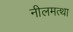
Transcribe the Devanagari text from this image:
नीलमत्था